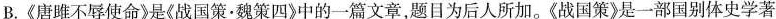
B.《唐雎不辱使命》是《战国策•魏策四》中的一篇文章，题目为后人所加。《战国策》是一部国别体史学著